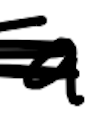
Text: a
Cross-out: scratch
Writing tool: digital_black